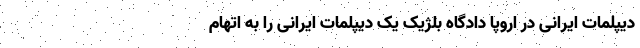
دیپلمات ایرانی در اروپا دادگاه بلژیک یک دیپلمات ایرانی را به اتهام